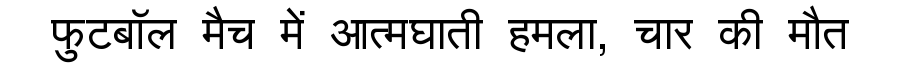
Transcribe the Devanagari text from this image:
फुटबॉल मैच में आत्मघाती हमला, चार की मौत